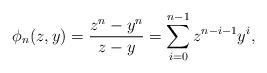
LaTeX: \begin{align*} \phi_n(z, y) = \dfrac{z^n - y^n}{z - y} = \sum_{i=0}^{n-1} z^{n-i-1}y^i,\end{align*}